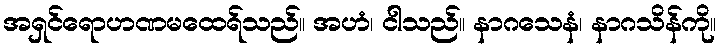
အရှင်ရောဟဏမထေရ်သည်။ အဟံ၊ ငါသည်။ နာဂသေနံ၊ နာဂသိန်ကို။